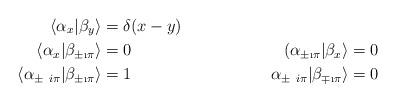
LaTeX: \begin{align*}\langle\alpha_x|\beta_y\rangle&=\delta(x-y)\\ \langle\alpha_x|\beta_{\pm \i \pi}\rangle&=0& (\alpha_{\pm \i \pi}|\beta_x\rangle&=0\\ \langle\alpha_{\pm \ i \pi}|\beta_{\pm \i \pi}\rangle&=1& \alpha_{\pm \ i \pi}|\beta_{\mp \i \pi}\rangle&=0\end{align*}